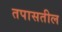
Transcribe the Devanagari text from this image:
तपासतील